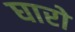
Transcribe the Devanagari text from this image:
घारो